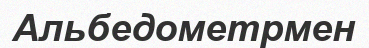
Альбедометрмен